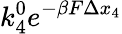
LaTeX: k_{4}^{0}e^{-\beta F\Delta x_{4}}